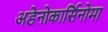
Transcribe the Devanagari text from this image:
अडेनोकार्सिनोमा